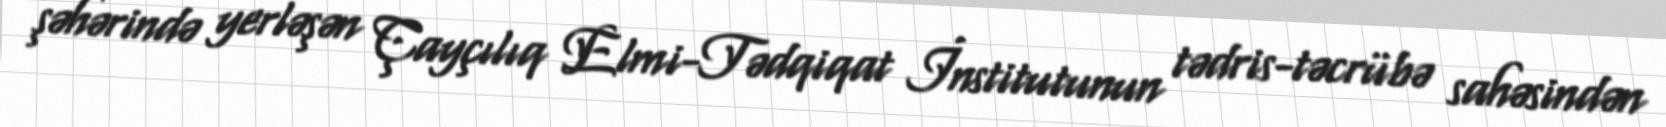
şəhərində yerləşən Çayçılıq Elmi-Tədqiqat İnstitutunun tədris-təcrübə sahəsindən